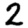
Digit: 2